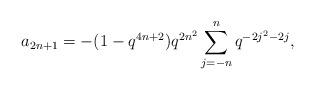
LaTeX: \begin{align*} a_{2n+1} = -(1-q^{4n+2})q^{2n^2}\sum_{j=-n}^{n}q^{-2j^2-2j},\end{align*}